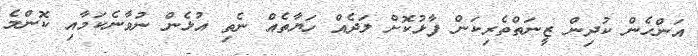
އަންހެން ކުދިން ޒީނަތްތެރިކަން ފާޅުކޮށް ލަދެއް ހަޔާތެއް ނެތި އުޅެން ނުވާނެކަމާއި ކޮންމެ